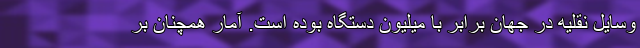
وسایل نقلیه در جهان برابر با میلیون دستگاه بوده است. آمار همچنان بر